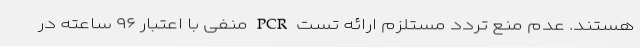
هستند. عدم منع تردد مستلزم ارائه تست PCR منفی با اعتبار ۹۶ ساعته در